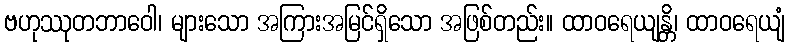
ဗဟုဿုတဘာဝေါ၊ များသော အကြားအမြင်ရှိသော အဖြစ်တည်း။ ထာဝရေယျန္တိ၊ ထာဝရေယျံ